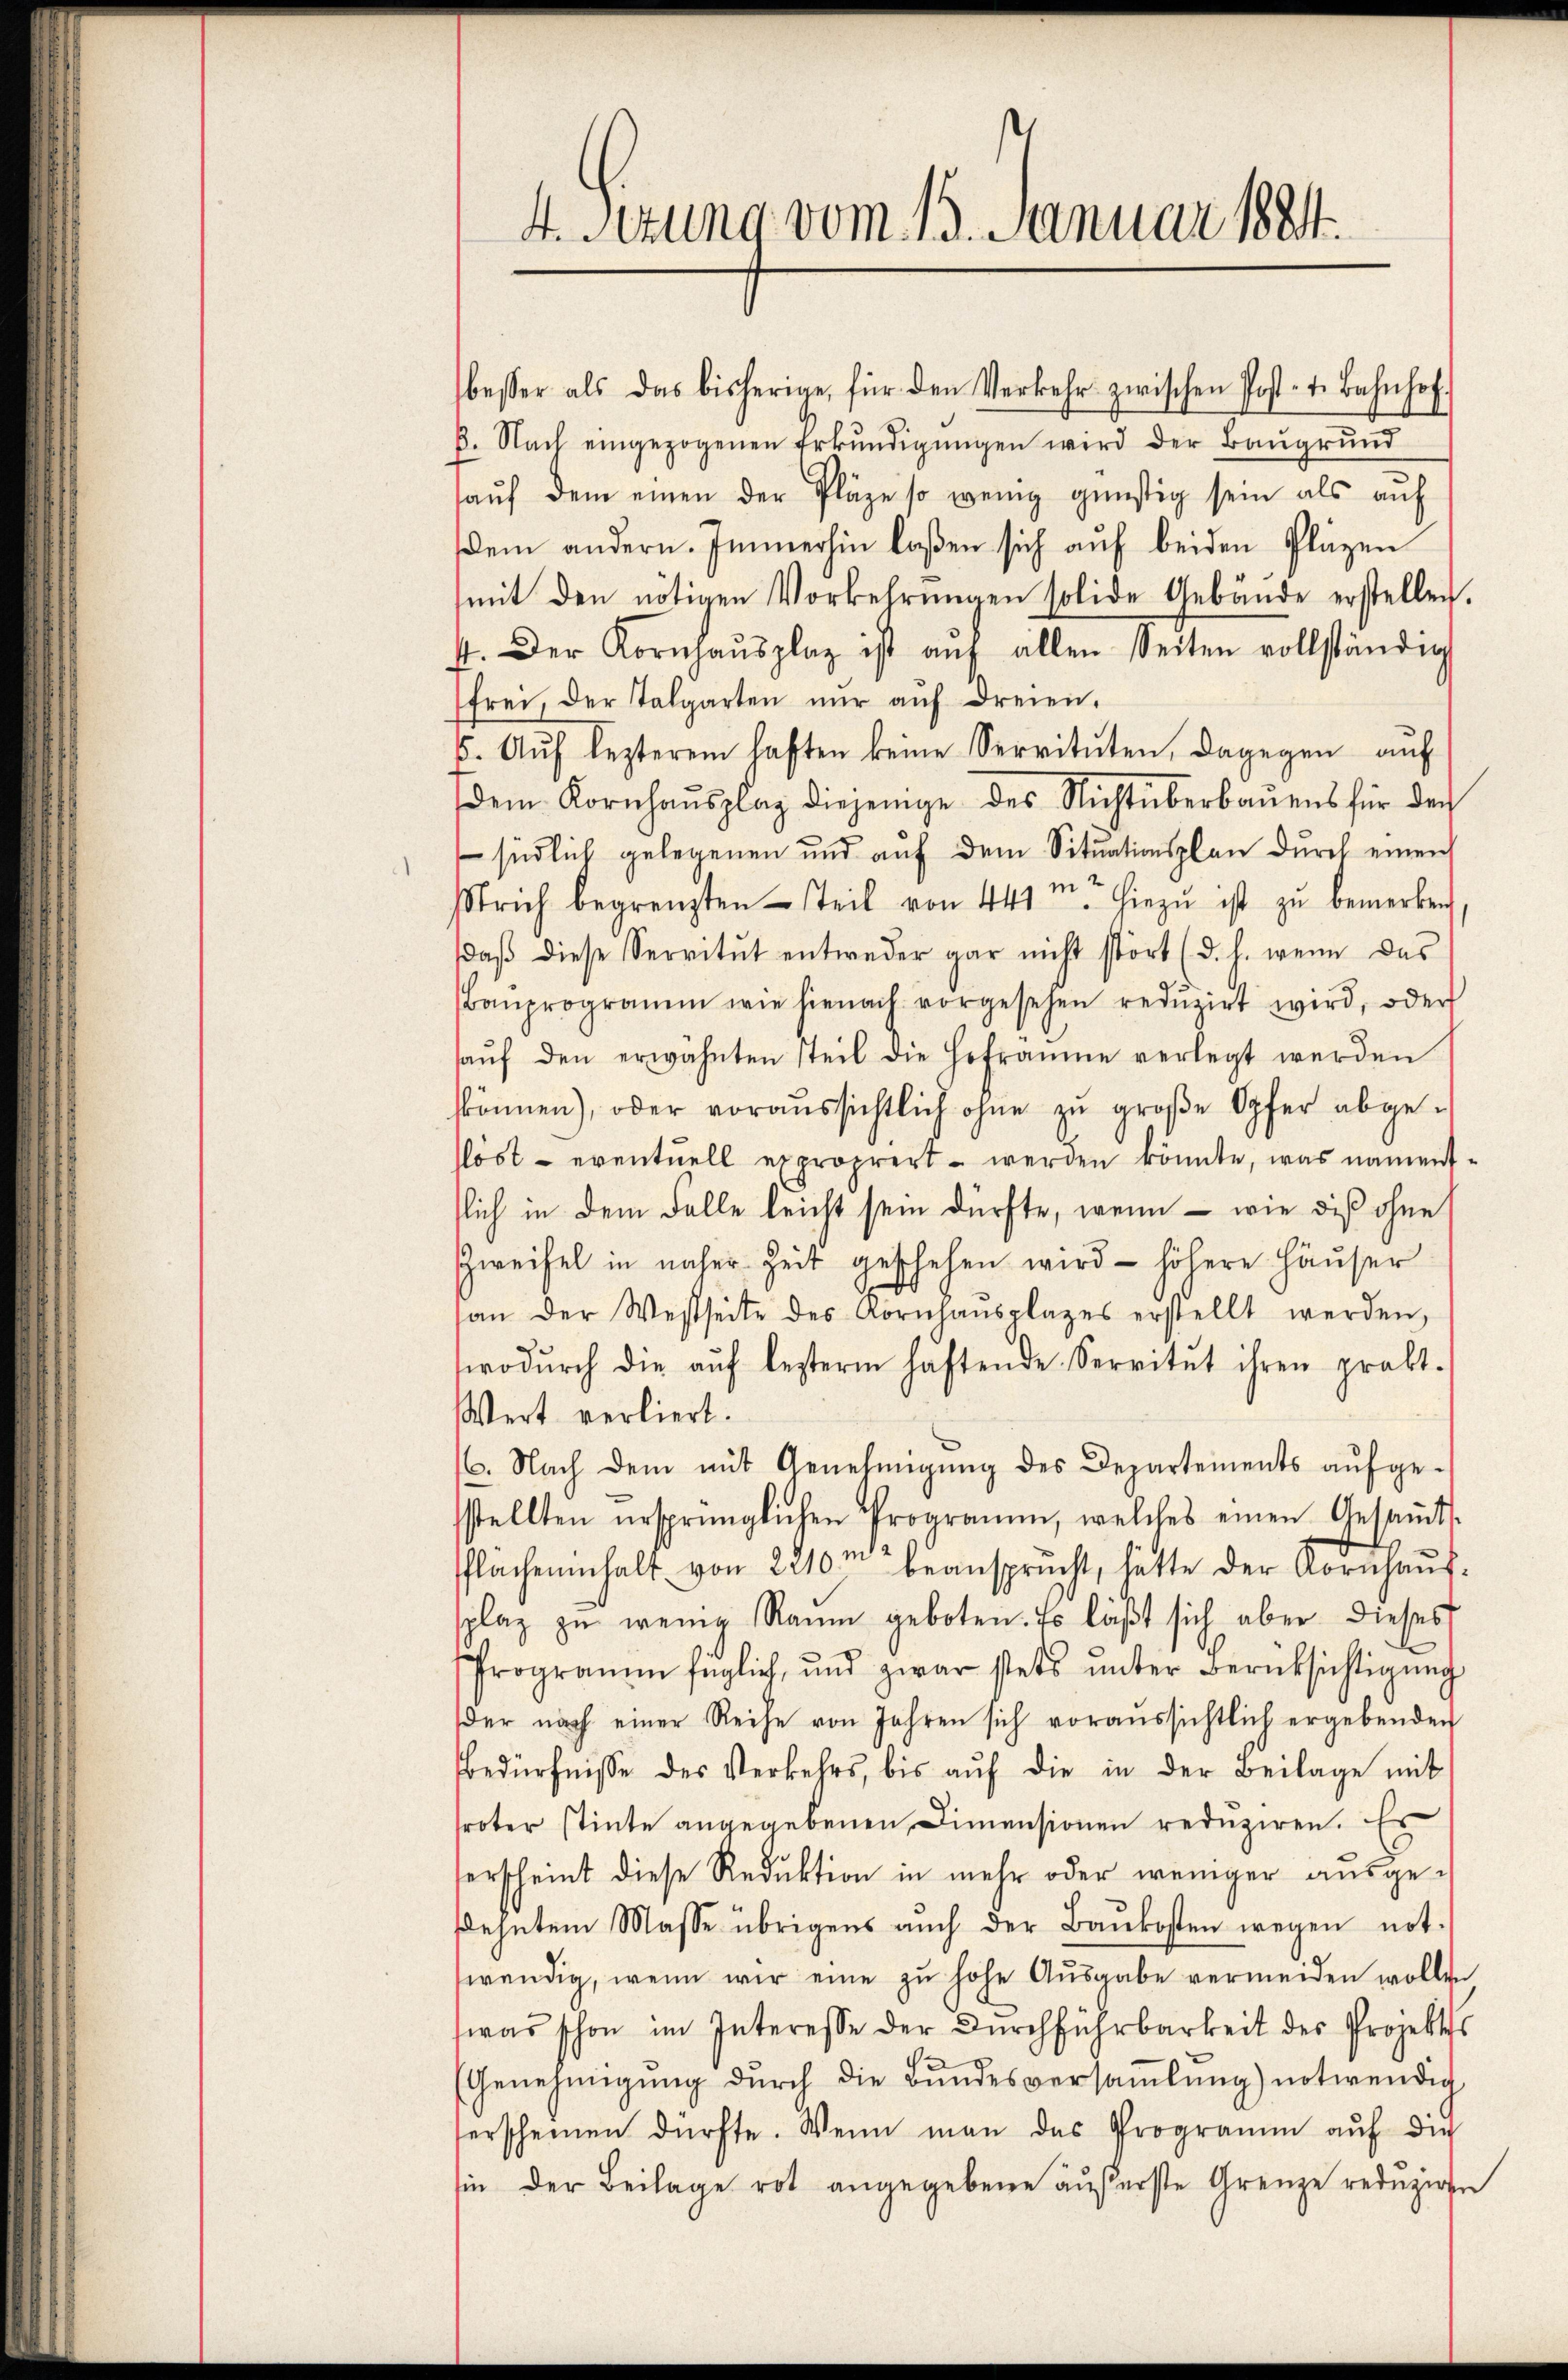
4. Setzung vom 13. Januar 1884.

besser als das bisherige, für den Verkehr zwischen Post- t. Bahnhof-
B. Nach eingezogenen Erkŭndigŭngen wird der Baugrund
aŭf dem einen der Pläge so wenig günstig sein als aŭf
dem andern. Immerhin laßen sich auf beiden Pläzen
mit den nötigen Vorkehrŭngen solide Gebäŭde erstellen.
4. Der Kornhaŭsplaz ist aŭf allen Seiten vollständig
frei, der Talgarten nŭr aŭf dreien.
5. Aŭf lezterem laften keine Servitŭten, dagegen aŭf
dem Kornhaŭsplag diejenige des Nichtüberbauens für den
 südlich gelegenen und auf dem Situationsplan durch einen
n
Strich begrenzten Teil von 441. hiezŭ ist zŭ bemerken
daβ diese Servitut entweder gar nicht stört (d. h. wenn das
Bauprogramm wie hienach vorgesehen redŭzirt wird, oder
haŭf den erwähnten steil die Hofraume verlegt werden
können), oder voraŭssichtlich ohne zŭ groβe Opfer abge-
löst - eventuell exproprert werden könnte, was namentflich in dem Falle leicht sein dürfte, wenn – wie diß ohne
Zweifel in näher Zeit geschehen wird - höhere Häuser
an der Westseite des Kornhaŭsplages erstellt werden,
wodŭrch die aŭf lezterm haftende Servitŭt ihren prakt.
Wert verliert.
16. Nach dem mit Genehmigŭng des Departements aŭfge-
sstellten ursprünglichen Programm, welches einen Gesaṁts-
flacheninhalt von 2210m beansprucht, hätte der Kornhaussplaz zŭ wenig Raum geboten. Es läβt sich aber dieses
Programm füglich, und zwar stets ŭnter Berücksichtigŭng
der nach einer Reihe von Jahren sich voraŭssichtlich ergebenden
Bedürfnisse des Verkehrs, bis auf die in der Beilage mit
sroter stimte angegebenen Dimensionen reduziren. Es
serscheint diese Reduktion in mehr oder weniger ausgesehntem Masse übrigens aŭch der Baŭkosten wegen not-
wendig, wenn wir eine zŭ hohe Aŭsgabe vermeiden wollen
was schon im Interesse der Dŭrchführbarkeit des Projektes
(Genehmigung durch die Bundesversaṁlŭng notwendig
serscheinen dürfte. Wenn man das Programm aŭf die
sie der Beilage rot angegebene äußerste Grenze reduziren